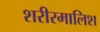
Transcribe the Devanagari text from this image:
शरीरमालिश